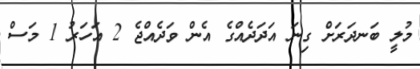
މުލީ ބަނދަރަށް ގިނަ އަދަދެއްގެ އެން ވަދެއްޖެ 2 އަހަރު 1 މަސް